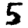
Digit: 5